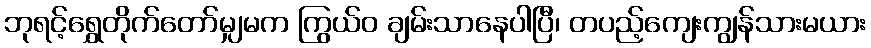
ဘုရင့်ရွှေတိုက်တော်မျှမက ကြွယ်ဝ ချမ်းသာနေပါပြီ၊ တပည့်ကျေးကျွန်သားမယား